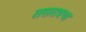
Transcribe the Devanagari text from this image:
तसतश्या